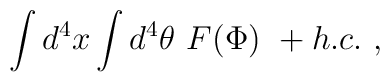
\int d^4x\int d^4\theta\ F(\Phi)\ + h.c.\ ,